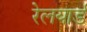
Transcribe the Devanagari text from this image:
रेलयार्ड